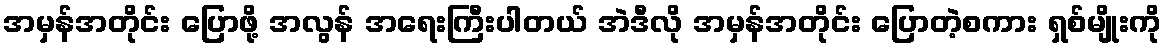
အမှန်အတိုင်း ပြောဖို့ အလွန် အရေးကြီးပါတယ် အဲဒီလို အမှန်အတိုင်း ပြောတဲ့စကား ရှစ်မျိုးကို